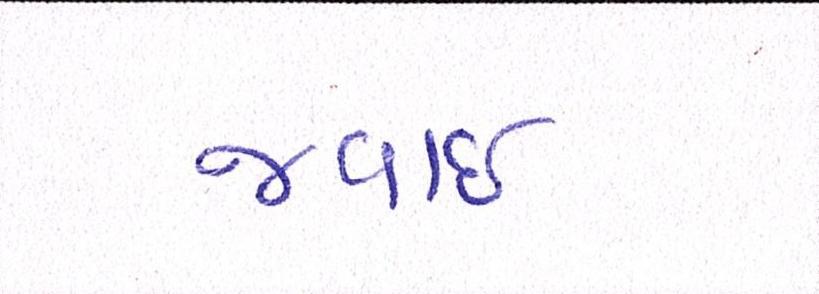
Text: જવાઇ